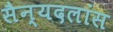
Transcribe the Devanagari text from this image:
सैन्यदलांस